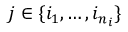
j \in \{ i _ { 1 } , \dots , i _ { n _ { i } } \}